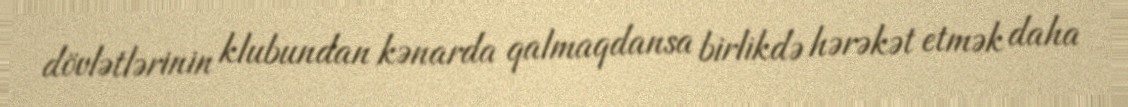
dövlətlərinin klubundan kənarda qalmaqdansa birlikdə hərəkət etmək daha